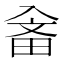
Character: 𤱭